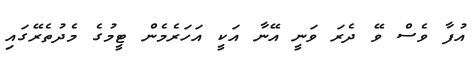
އުފާ ވެސް ވޭ ދެރަ ވަނީ އޭނާ އަކީ އަހަރެމެން ޓީމުގެ މެދުތެރޭގައި